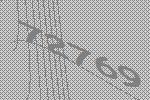
72769